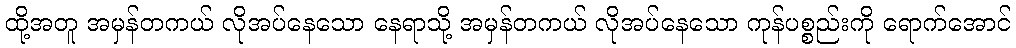
ထို့အတူ အမှန်တကယ် လိုအပ်နေသော နေရာသို့ အမှန်တကယ် လိုအပ်နေသော ကုန်ပစ္စည်းကို ရောက်အောင်